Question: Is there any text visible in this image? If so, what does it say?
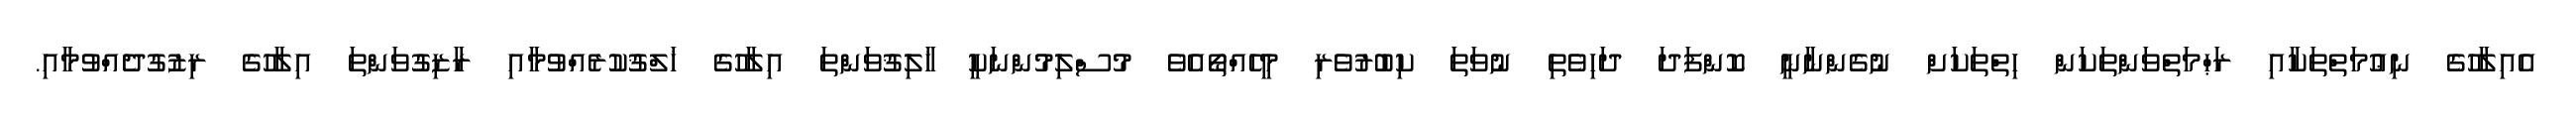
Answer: އެއިލާހުގެ ނިޢުމަތްތަކާއި ރަޙްމަތްވަންތަކަން ހިތްތަކަށް ނުގެންނާނީ ކޮންފަދަ ދަހިވެތި ނުވަތަ ކިބުރުވެރި މީހެއްތޯއެވެ މުސްލިމުންނަކީ ޚާލިޤުވަންތަ އިލާހުގެ ޚަލްޤުކުރެއްވުމާއި ރާޒިގުވަންތަ އިލާހުގެ ރިޒުގުދެއްވުމާއި.